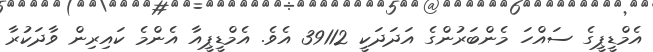
އެމްޑީޕީގެ ސައްހަ މެންބަރުންގެ އަދަދަކީ 39112 އެވެ. އެމްޑީޕީއާ އެންމެ ކައިރިން ވާދަކުރާ